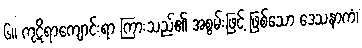
၆။ ကုဋိရာကျောင်းရာ ကြားသည်၏ အစွမ်းဖြင့် ဖြစ်သော ဒေသနာကံ၊